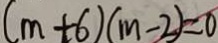
( m + 6 ) ( m - 2 ) = 0